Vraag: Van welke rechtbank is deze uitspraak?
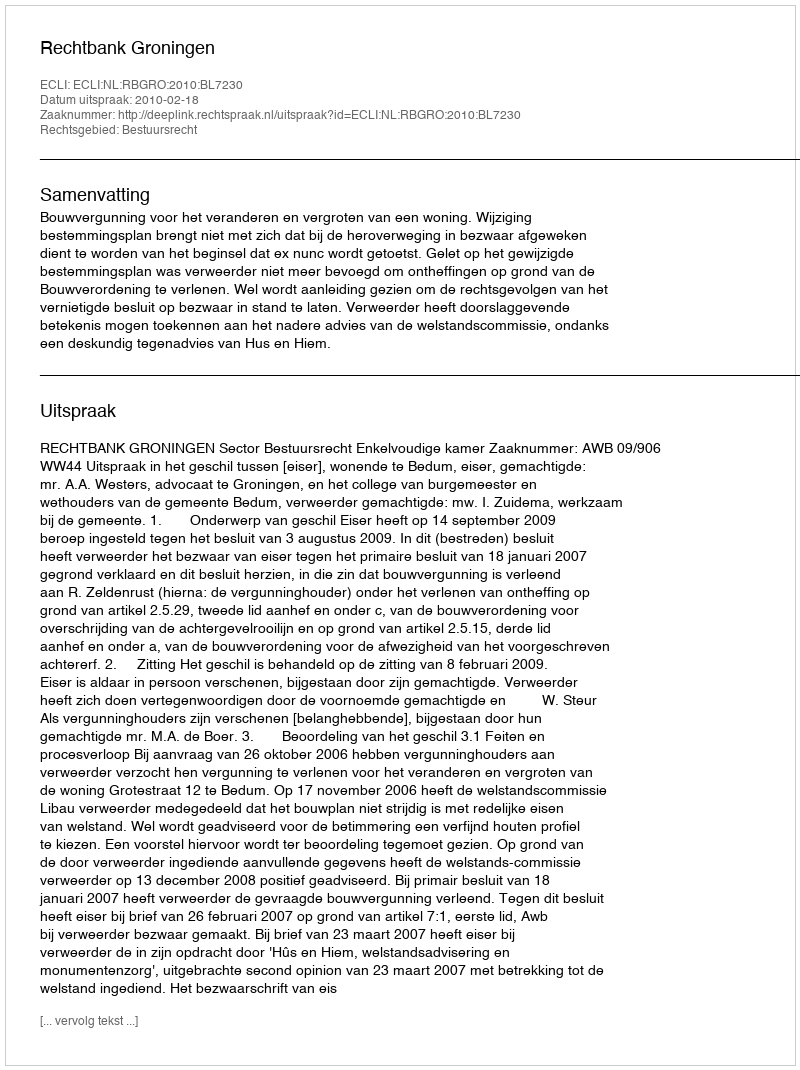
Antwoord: Rechtbank Groningen